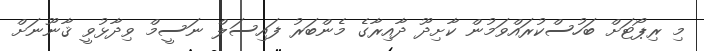
މި ރިޕޯޓަށް ބަހުސްކުރައްވަމުން ކާށިދޫ ދާއިރާގެ މެންބަރު ފައިސަލް ނަސީމް ވިދާޅުވީ ޤާނޫނަށް